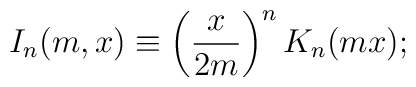
I_{n}(m,x) \equiv \left(\frac{x}{2m}\right)^n K_n(m x);